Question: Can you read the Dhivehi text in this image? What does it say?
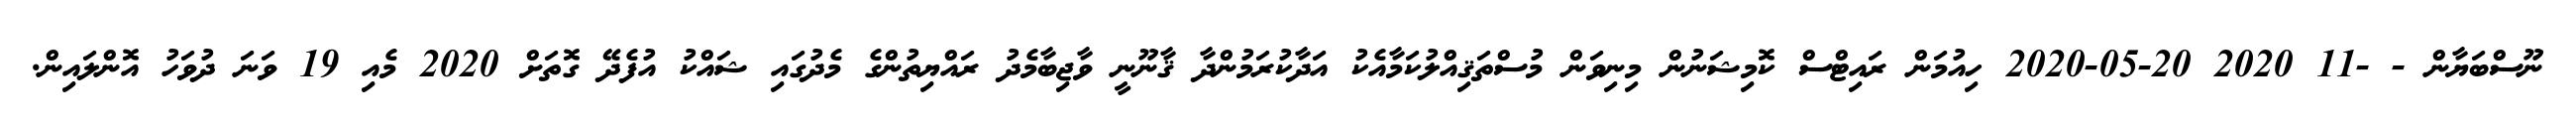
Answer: ނޫސްބަޔާން - -11 2020 20-05-2020 ހިއުމަން ރައިޓްސް ކޮމިޝަނުން މިނިވަން މުސްތަޤިއްލުކަމާއެކު އަދާކުރަމުންދާ ޤާނޫނީ ވާޖިބާމެދު ރައްޔިތުންގެ މެދުގައި ޝައްކު އުފެދޭ ގޮތަށް 2020 މެއި 19 ވަނަ ދުވަހު އޮންލައިން.